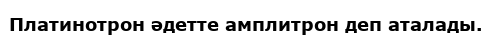
Платинотрон әдетте амплитрон деп аталады.